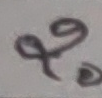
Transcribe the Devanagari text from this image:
२९